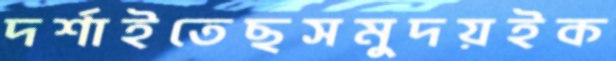
দর্শাইতেছসমুদয়ইক